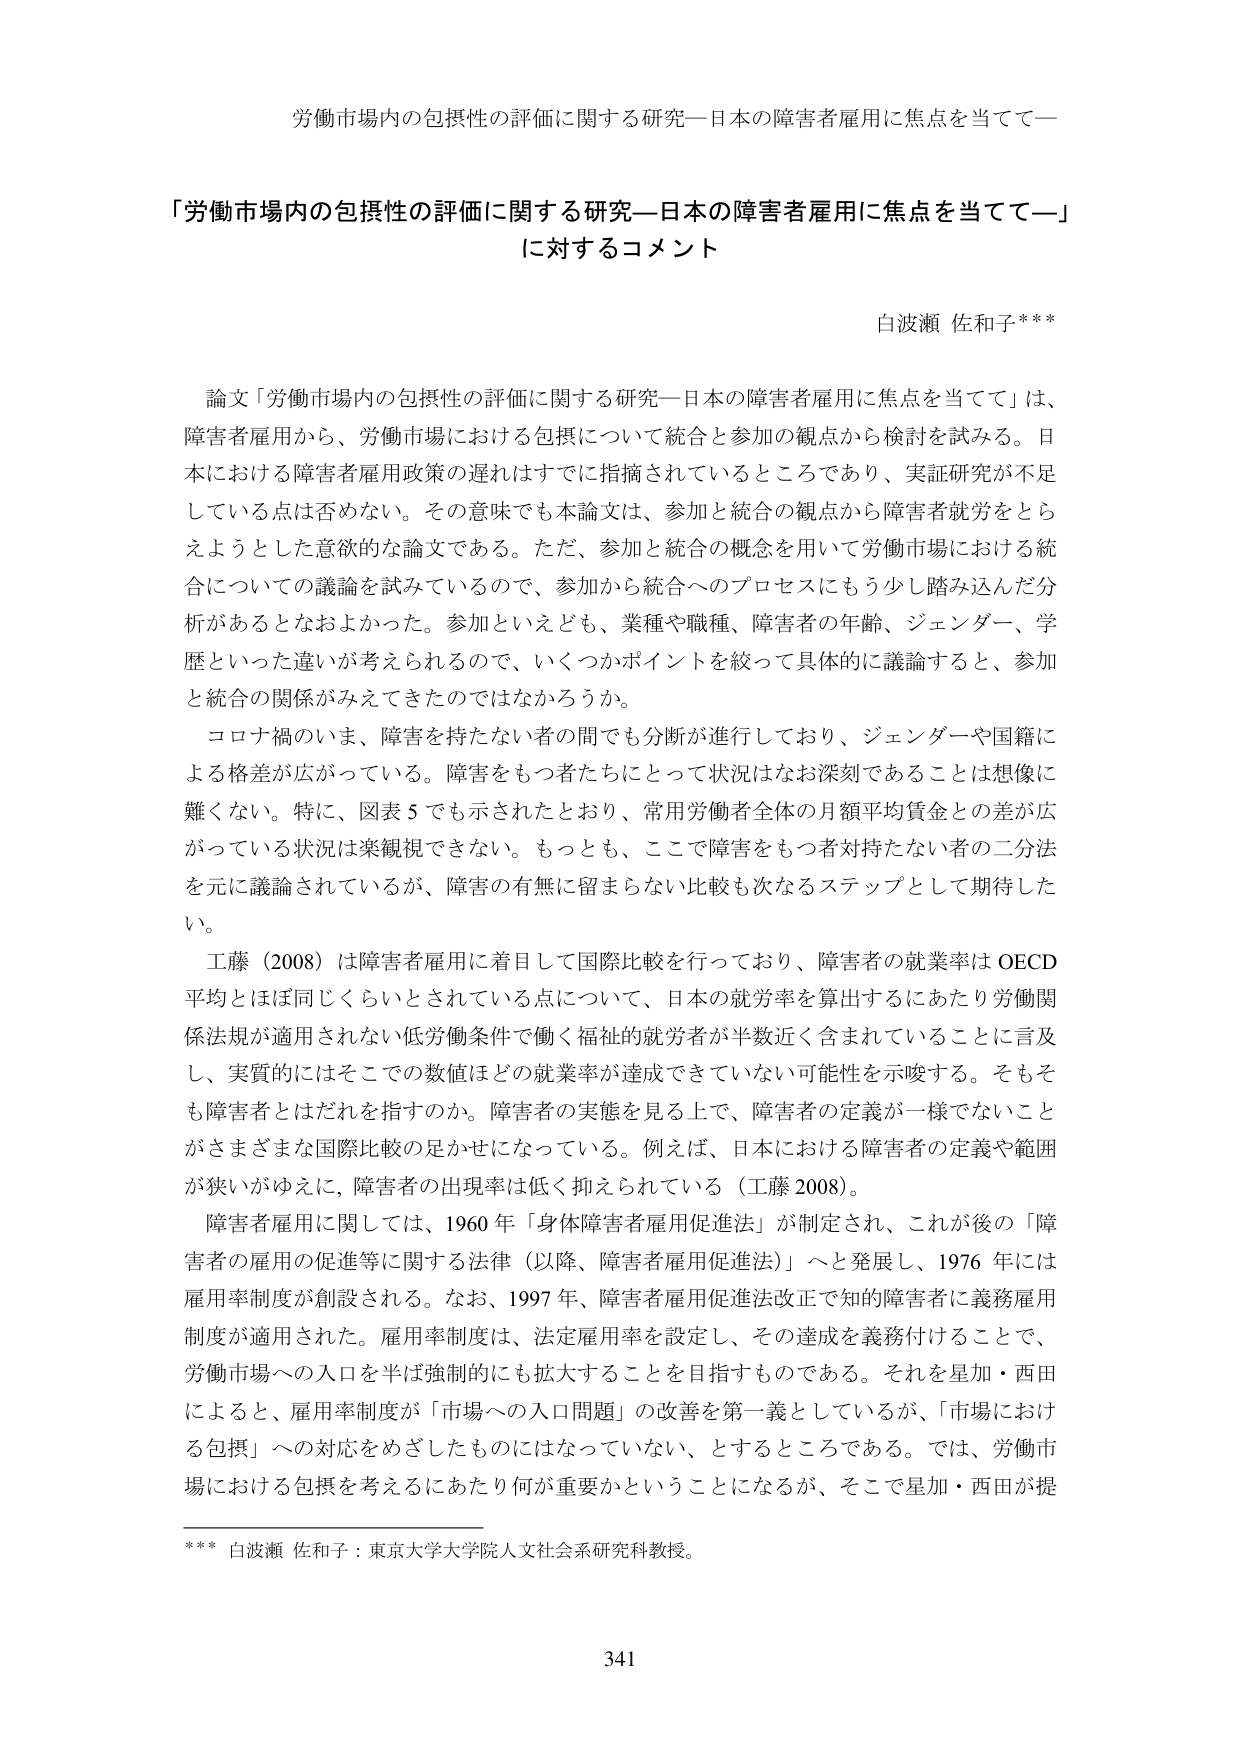
労働市場内の包摂性の評価に関する研究―日本の障害者雇用に焦点を当てて―

「労働市場内の包摂性の評価に関する研究―日本の障害者雇用に焦点を当てて―」
に対するコメント

白波瀬 佐和子***

論文「労働市場内の包摂性の評価に関する研究―日本の障害者雇用に焦点を当てて」は、
障害者雇用から、労働市場における包摂について統合と参加の観点から検討を試みる。日本における障害者雇用政策の遅れはすでに指摘されているところであり、実証研究が不足している点は否めない。その意味でも本論文は、参加と統合の観点から障害者就労をとらえようとした意欲的な論文である。ただ、参加と統合の概念を用いて労働市場における統合についての議論を試みているので、参加から統合へのプロセスにもう少し踏み込んだ分析があるとなおよかった。参加といえども、業種や職種、障害者の年齢、ジェンダー、学歴といった違いが考えられるので、いくつかポイントを絞って具体的に議論すると、参加と統合の関係がみえてきたのではなかろうか。

コロナ禍のいま、障害を持たない者の間でも分断が進行しており、ジェンダーや国籍による格差が広がっている。障害をもつ者たちにとって状況はなお深刻であることは想像に難くない。特に、図表５でも示されたとおり、常用労働者全体の月額平均賃金との差が広がっている状況は楽観視できない。もっとも、ここで障害をもつ者対持たない者の二分法を元に議論されているが、障害の有無に留まらない比較も次なるステップとして期待したい。

工藤（2008）は障害者雇用に着目して国際比較を行っており、障害者の就業率は OECD 平均とほぼ同じくらいとされている点について、日本の就労率を算出するにあたり労働関係法規が適用されない低労働条件で働く福祉的就労者が半数近く含まれていることに言及し、実質的にはそこでの数値はどの就業率が達成できていない可能性を示唆する。そもそも障害者とはだれを指すのか。障害者の実態を見る上で、障害者の定義が一様でないことがさまざまな国際比較の足かせになっている。例えば、日本における障害者の定義や範囲が狭いがゆえに、障害者の出現率は低く抑えられている（工藤 2008）。

障害者雇用に関しては、1960 年「身体障害者雇用促進法」が制定され、これが後の「障害者の雇用の促進等に関する法律（以降、障害者雇用促進法）」へと発展し、1976 年には雇用率制度が創設される。なお、1997 年、障害者雇用促進法改正で知的障害者に義務雇用制度が適用された。雇用率制度は、法定雇用率を設定し、その達成を義務付けることで、労働市場への入口を半ば強制的にも拡大することを目指すものである。それを星加・西田によると、雇用率制度が「市場への入口問題」の改善を第一義としているが、「市場における包摂」への対応をめざしたものにはなっていない、とするところである。では、労働市場における包摂を考えるにあたり何が重要かということになるが、そこで星加・西田が提

*** 白波瀬 佐和子：東京大学大学院人文社会系研究科教授。

341